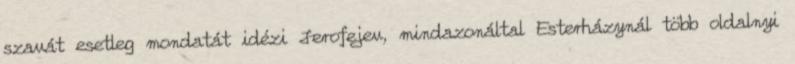
szavát esetleg mondatát idézi Jerofejev, mindazonáltal Esterházynál több oldalnyi